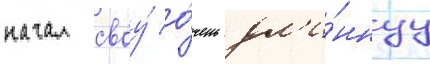
начал своу́ о́чень дл'и́ннуу